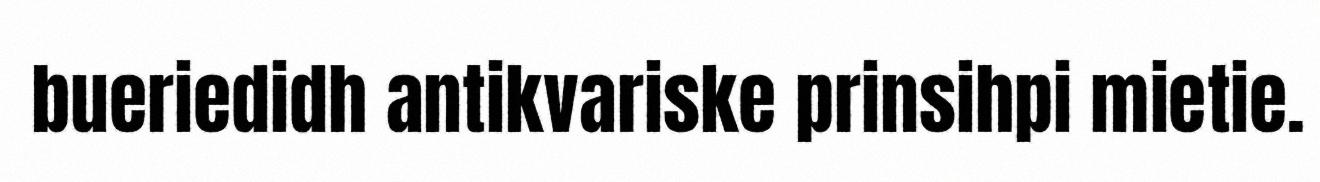
bueriedidh antikvariske prinsihpi mietie.